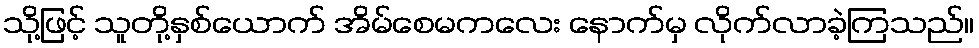
သို့ဖြင့် သူတို့နှစ်ယောက် အိမ်စေမကလေး နောက်မှ လိုက်လာခဲ့ကြသည်။